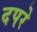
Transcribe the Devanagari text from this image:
दपरे